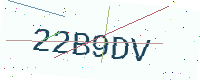
Text: 22B9DV